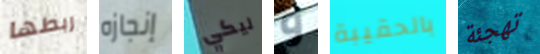
ربطها إنجازه ليكي و بالحقيبة تهجئة